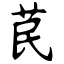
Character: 苠